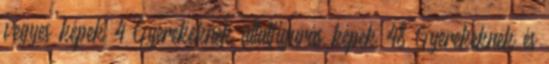
vegyes képek 4 Gyerekeknek állatfigurás képek 48 Gyerekeknek és